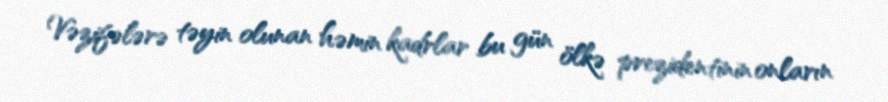
Vəzifələrə təyin olunan həmin kadrlar bu gün ölkə prezidentinin onların